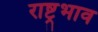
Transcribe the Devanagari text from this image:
राष्ट्रभाव